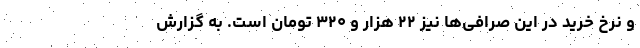
و نرخ خرید در این صرافی‌ها نیز ۲۲ هزار و ۳۲۰ تومان است. به گزارش